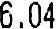
6.04